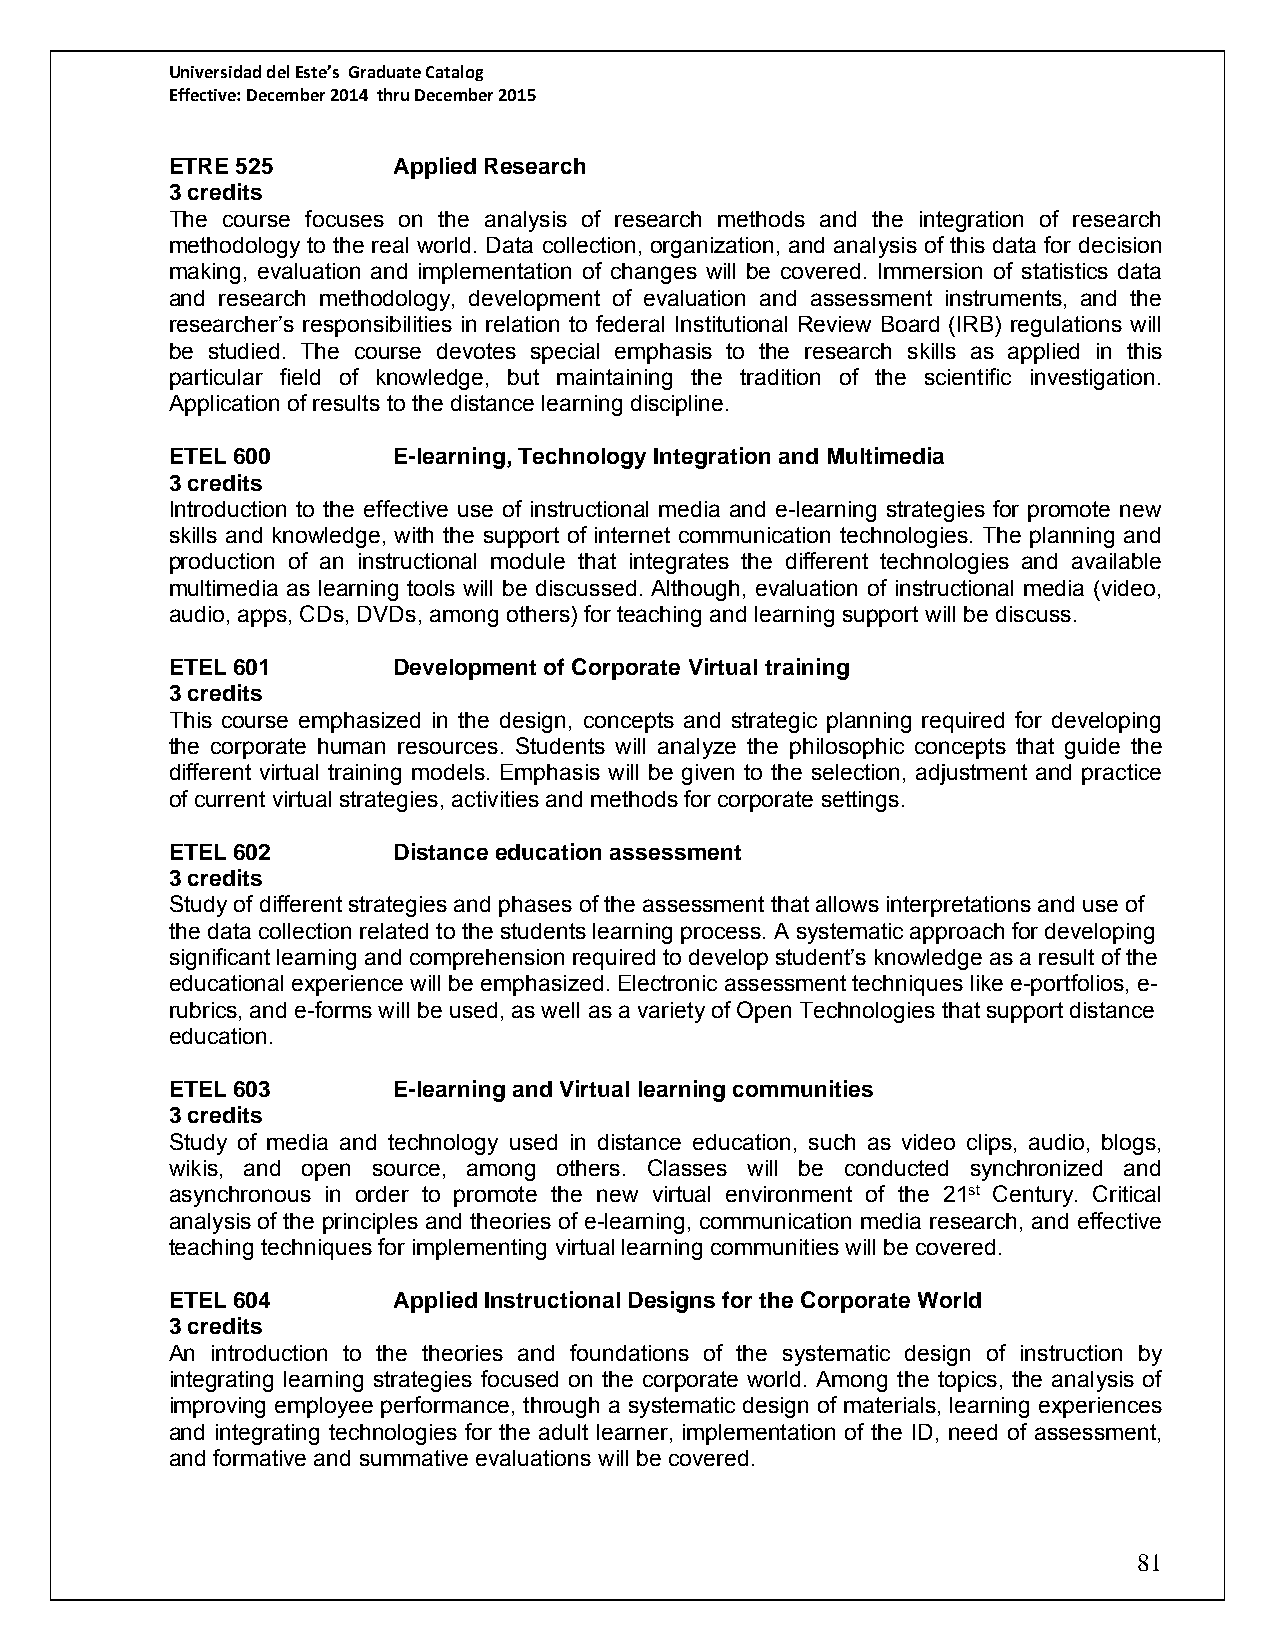
Universidad del Este’s Graduate Catalog
 Effective: December 2014 thru December 2015
 ETRE 525       Applied Research
 3 credits
 The course focuses on the analysis of research methods and the integration of research
 methodology to the real world. Data collection, organization, and analysis of this data for decision
 making, evaluation and implementation of changes will be covered. Immersion of statistics data
 and research methodology, development of evaluation and assessment instruments, and the
 researcher’s responsibilities in relation to federal Institutional Review Board (IRB) regulations will
 be studied. The course devotes special emphasis to the research skills as applied in this
 particular field of knowledge, but maintaining the tradition of the scientific investigation.
 Application of results to the distance learning discipline.
 ETEL 600       E-learning, Technology Integration and Multimedia
 3 credits
 Introduction to the effective use of instructional media and e-learning strategies for promote new
 skills and knowledge, with the support of internet communication technologies. The planning and
 production of an instructional module that integrates the different technologies and available
 multimedia as learning tools will be discussed. Although, evaluation of instructional media (video,
 audio, apps, CDs, DVDs, among others) for teaching and learning support will be discuss.
 ETEL 601       Development of Corporate Virtual training
 3 credits
 This course emphasized in the design, concepts and strategic planning required for developing
 the corporate human resources. Students will analyze the philosophic concepts that guide the
 different virtual training models. Emphasis will be given to the selection, adjustment and practice
 of current virtual strategies, activities and methods for corporate settings.
 ETEL 602       Distance education assessment
 3 credits
 Study of different strategies and phases of the assessment that allows interpretations and use of
 the data collection related to the students learning process. A systematic approach for developing
 significant learning and comprehension required to develop student’s knowledge as a result of the
 educational experience will be emphasized. Electronic assessment techniques like e-portfolios, e-
 rubrics, and e-forms will be used, as well as a variety of Open Technologies that support distance
 education.
 ETEL 603       E-learning and Virtual learning communities
 3 credits
 Study of media and technology used in distance education, such as video clips, audio, blogs,
 wikis, and open source, among others. Classes will be conducted synchronized and
 asynchronous in order to promote the new virtual environment of the 21st Century. Critical
 analysis of the principles and theories of e-learning, communication media research, and effective
 teaching techniques for implementing virtual learning communities will be covered.
 ETEL 604       Applied Instructional Designs for the Corporate World
 3 credits
 An introduction to the theories and foundations of the systematic design of instruction by
 integrating learning strategies focused on the corporate world. Among the topics, the analysis of
 improving employee performance, through a systematic design of materials, learning experiences
 and integrating technologies for the adult learner, implementation of the ID, need of assessment,
 and formative and summative evaluations will be covered.
 81